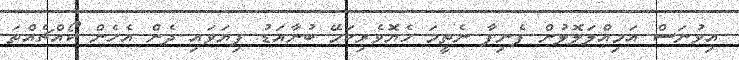
އިވުނަސް އަމިއްލަލޮލުން ފެނިފާ ނެތީމަ ހެޔޮވެރިކަމޭ ބުނާއަޑު ފިޔަވައި ދެން އެހެން ކޯއްޗެއްތަ